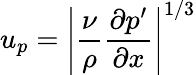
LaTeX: u_{p}=\left|\frac{\nu}{\rho}\frac{\partial p^{\prime}}{\partial x}\right|^{1/3}